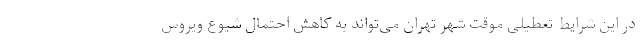
در این شرایط تعطیلی موقت شهر تهران می‌تواند به کاهش احتمال شیوع ویروس